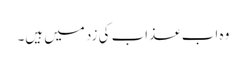
وہ اب عذاب کی زد میں ہیں۔